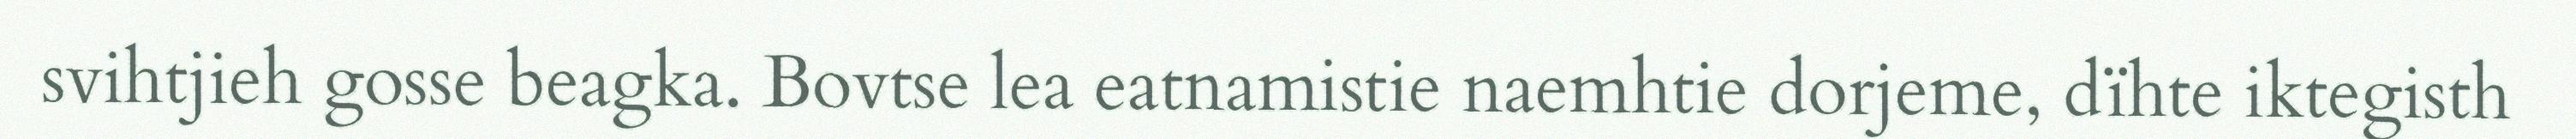
svihtjieh gosse beagka. Bovtse lea eatnamistie naemhtie dorjeme, dïhte iktegisth